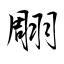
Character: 翢